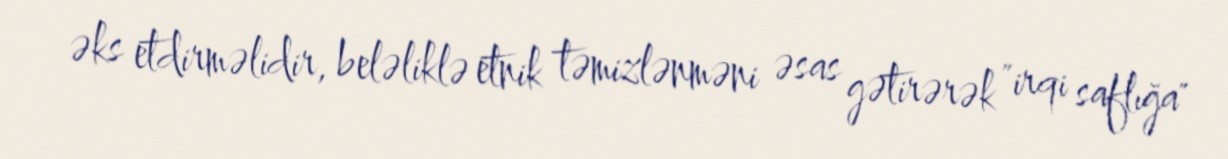
əks etdirməlidir, beləliklə etnik təmizlənməni əsas gətirərək "irqi saflığa"